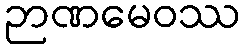
ဉာဏမေဝဿ